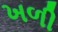
ખળી